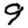
Digit: 9